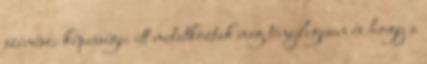
színészi képességei itt mutatkoztak meg ténylegesen és hogy a